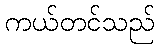
ကယ်တင်သည်